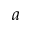
^ { a }